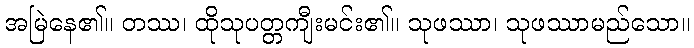
အမြဲနေ၏။ တဿ၊ ထိုသုပတ္တကျီးမင်း၏။ သုဖဿာ၊ သုဖဿာမည်သော။